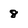
Character: 8